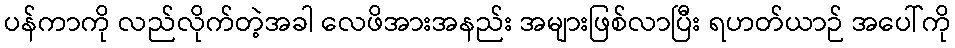
ပန်ကာကို လည်လိုက်တဲ့အခါ လေဖိအားအနည်း အများဖြစ်လာပြီး ရဟတ်ယာဉ် အပေါ်ကို